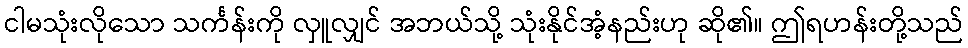
ငါမသုံးလိုသော သင်္ကန်းကို လှူလျှင် အဘယ်သို့ သုံးနိုင်အံ့နည်းဟု ဆို၏။ ဤရဟန်းတို့သည်